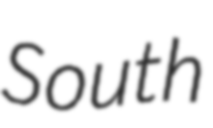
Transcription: South